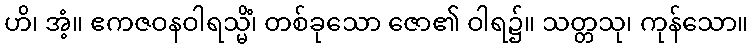
ဟိ၊ အံ့။ ဧကဇဝနဝါရသ္မိံ၊ တစ်ခုသော ဇော၏ ဝါရ၌။ သတ္တသု၊ ကုန်သော။